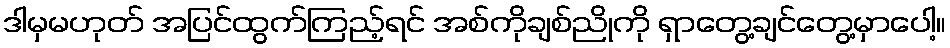
ဒါမှမဟုတ် အပြင်ထွက်ကြည့်ရင် အစ်ကိုချစ်ညိုကို ရှာတွေ့ချင်တွေ့မှာပေါ့။